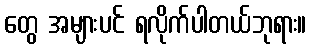
တွေ အများပင် ရလိုက်ပါတယ်ဘုရား။